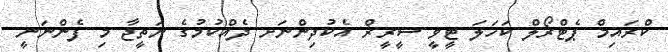
ކްރަައިމް ޕެޓްރޯލް ކަހަލަ ޓީވީ ސީރީޜް އެކުދިންނަށ ދެއްކުމުގެ ނަތީޖާ މި ފެންނަނީ